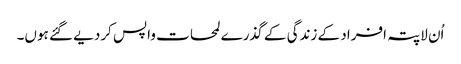
اُن لاپتہ افراد کے زندگی کے گذرے لمحات واپس کردیے گئے ہوں۔